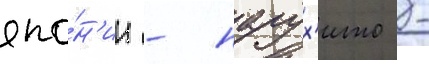
япо́н'ии - нарух'ито -